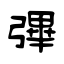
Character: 彃